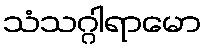
သံသဂ္ဂါရာမော